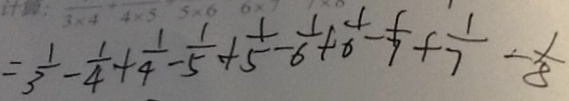
= \frac { 1 } { 3 } - \frac { 1 } { 4 } + \frac { 1 } { 4 } - \frac { 1 } { 5 } + \frac { 1 } { 5 } - \frac { 1 } { 6 } + \frac { 1 } { 6 } - \frac { 1 } { 7 } + \frac { 1 } { 7 } - \frac { 1 } { 8 }